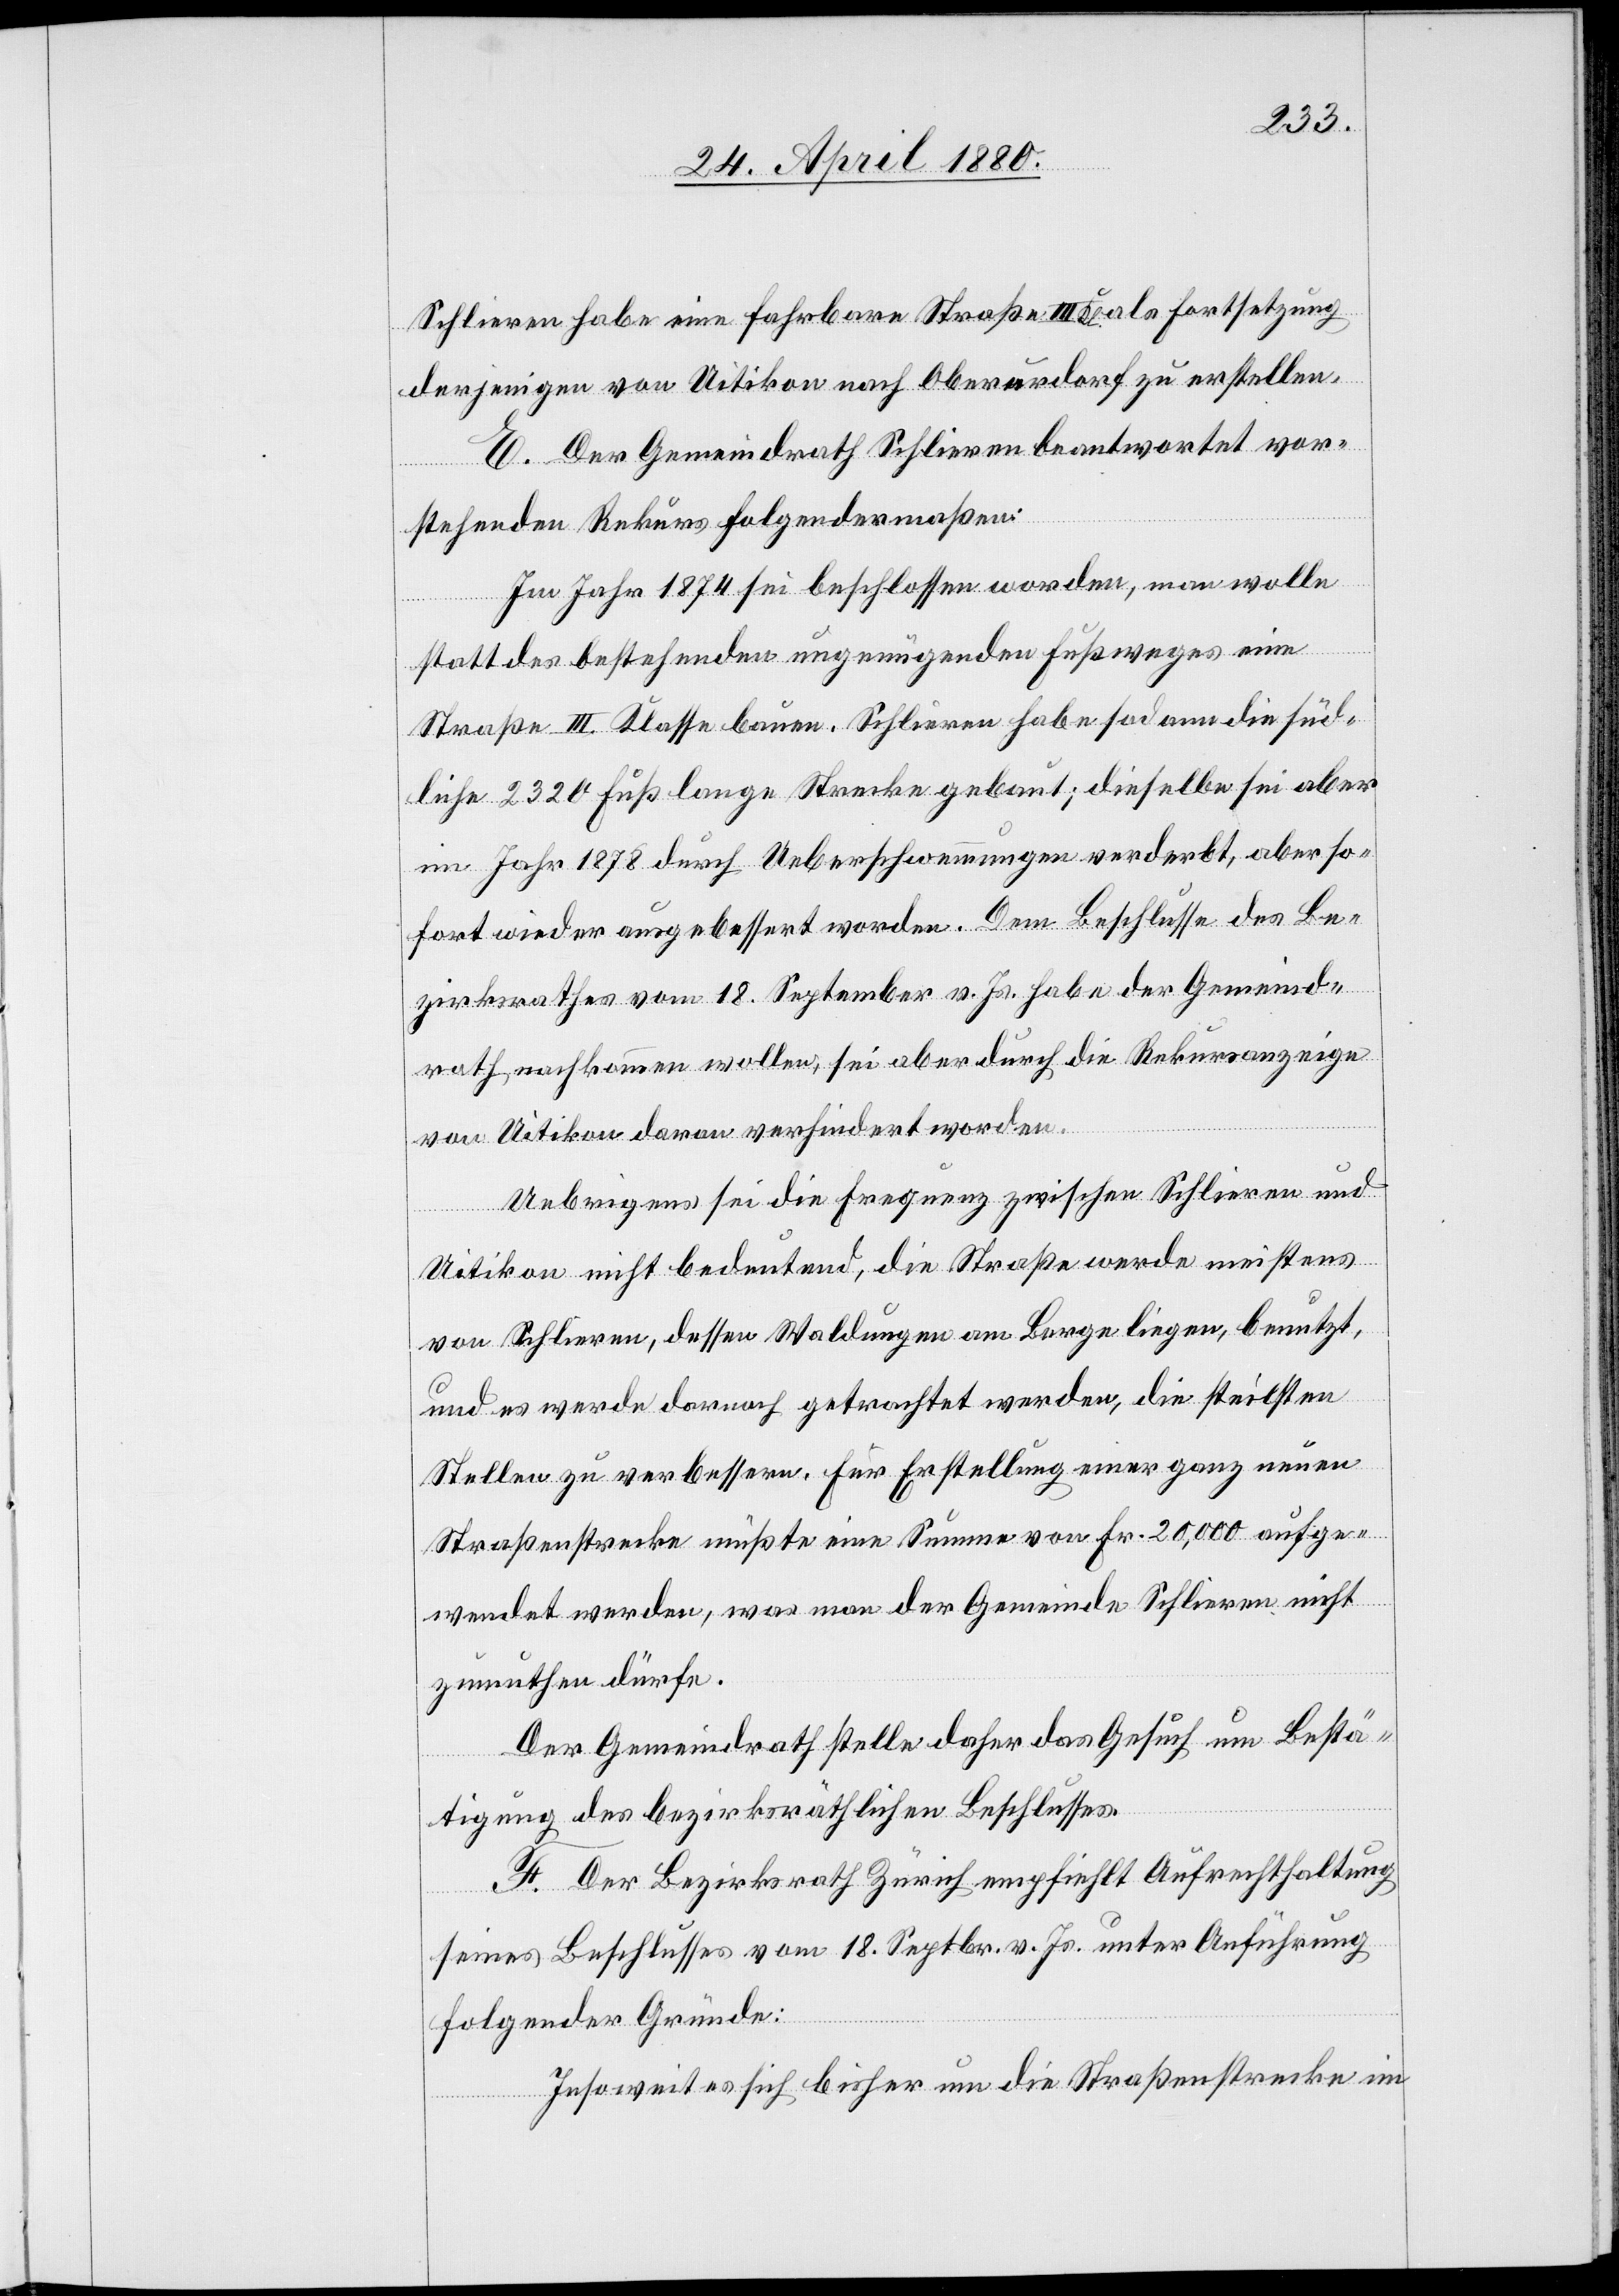
Schlieren habe eine fahrbare Straße III. Kl. als Fortsetzung
derjenigen von Uitikon nach Oberurdorf zu erstellen.
E. Der Gemeindrath Schlieren beantwortet vor¬
stehenden Rekurs folgendermaßen:
Im Jahr 1874 sei beschlossen worden, man wolle
statt des bestehenden ungenügenden Fußweges eine
Straße III. Klasse bauen. Schlieren habe sodann die süd¬
liche 2320 Fuß lange Strecke gebaut; dieselbe sei aber
im Jahr 1878 durch Ueberschwemmungen verderbt, aber so¬
fort wieder ausgebessert worden. Dem Beschlusse des Be¬
zirksrathes vom 18. September v. Js. habe der Gemeind¬
rath nachkommen wollen, sei aber durch die Rekursanzeige
von Uitikon daran verhindert worden.
Uebrigens sei die Frequenz zwischen Schlieren und
Uitikon nicht bedeutend, die Straße werde meistens
von Schlieren, dessen Waldungen am Berge liegen, benutzt,
und es werde darnach getrachtet werden, die steilsten
Stellen zu verbessern. Für Erstellung einer ganz neuen
Straßenstreck müßte eine Summe von Fr. 20,000 aufge¬
wendet werden, was man der Gemeinde Schlieren nicht
zumuthen dürfe.
Der Gemeindrath stelle daher das Gesuch um Bestä¬
tigung des bezirksräthlichen Beschlusses.
F. Der Bezirksrath Zürich empfiehlt Aufrechthaltung
seines Beschlusses vom 18. Septbr. v. Js. unter Anführung
folgender Gründe:
Insoweit es sich bisher um die Straßenstrecke im